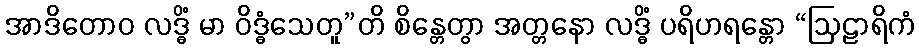
အာဒိတောဝ လဒ္ဓိံ မာ ဝိဒ္ဓံသေတူ”တိ စိန္တေတွာ အတ္တနော လဒ္ဓိံ ပရိဟရန္တော “ဩဠာရိကံ